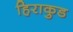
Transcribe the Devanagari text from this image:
हिराकुड